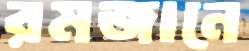
রমজানে